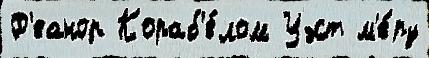
Ф'еанор Кораб'е́лом Уэст м'е́ру